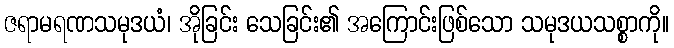
ဇရာမရဏသမုဒယံ၊ အိုခြင်း သေခြင်း၏ အကြောင်းဖြစ်သော သမုဒယသစ္စာကို။